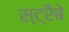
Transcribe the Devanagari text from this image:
स्ट्रैबे